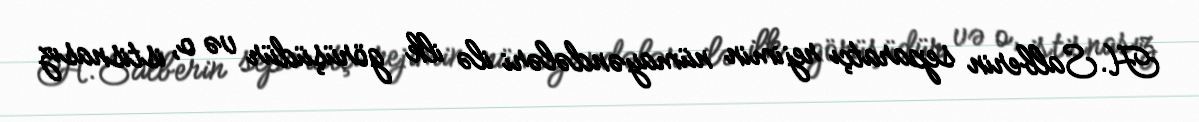
H.Salberin separatçı rejimin nümayəndələri ilə ilk görüşüdür və o, istisnasız